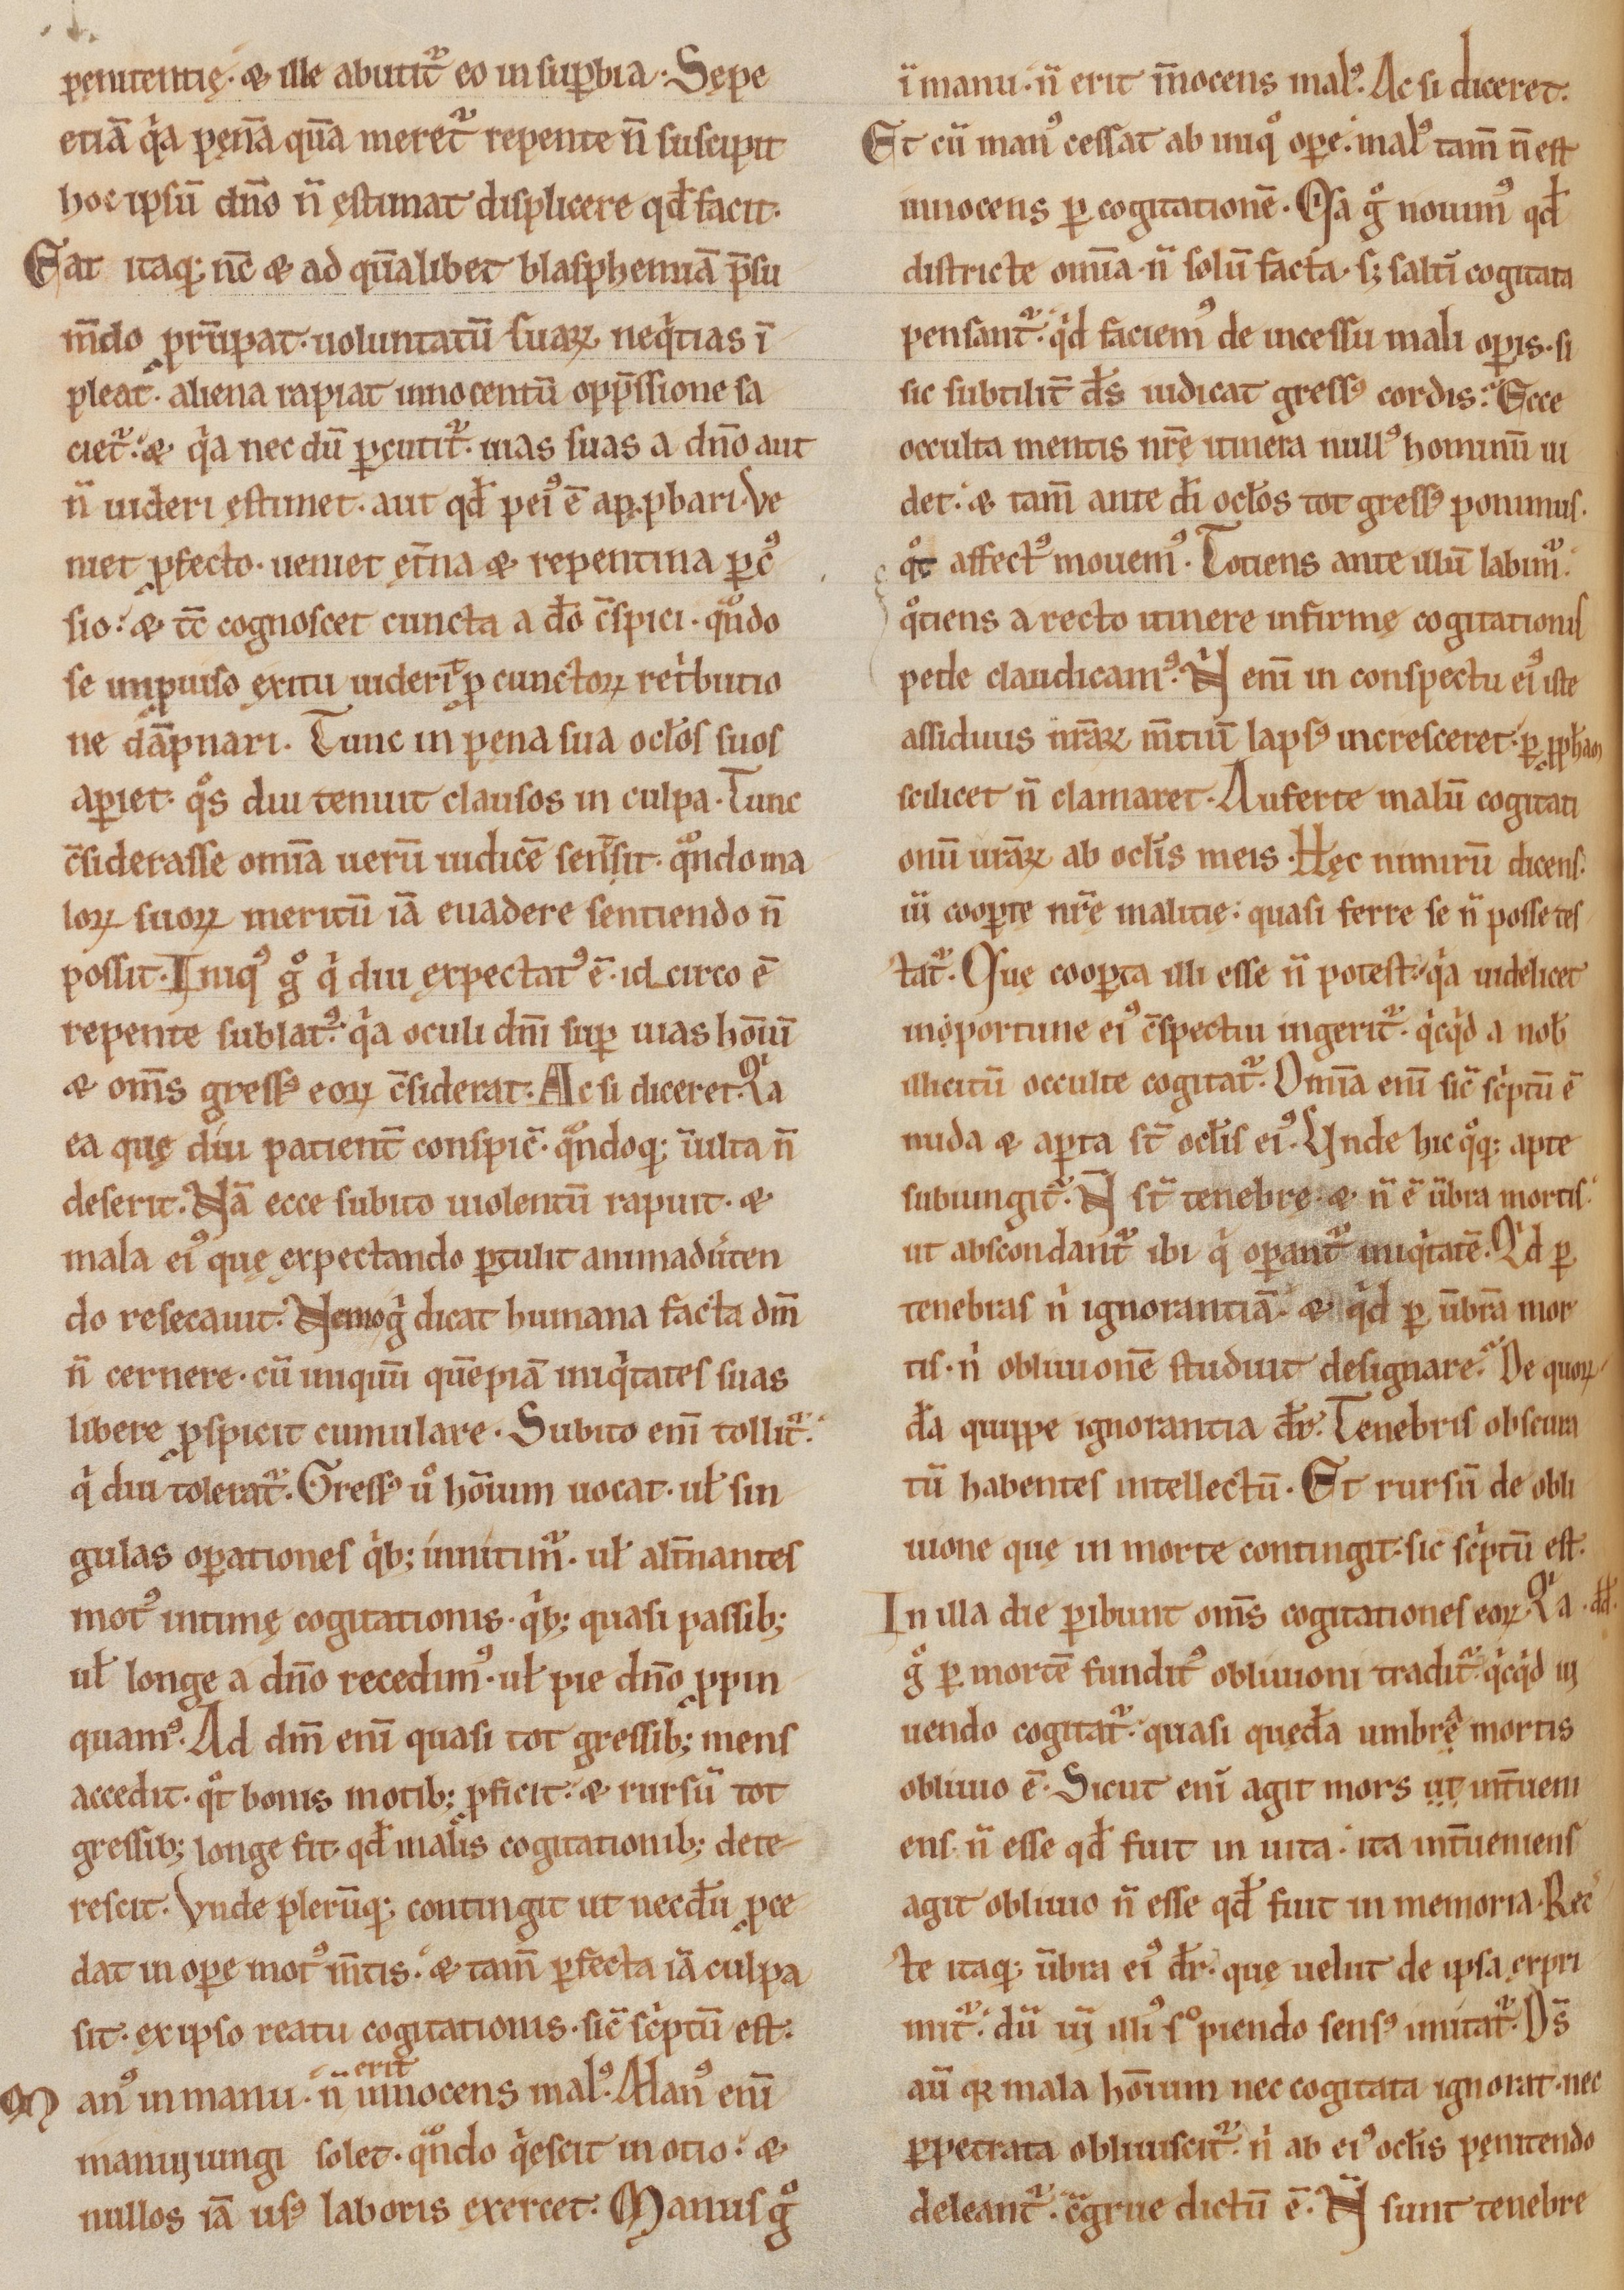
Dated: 1170–1199